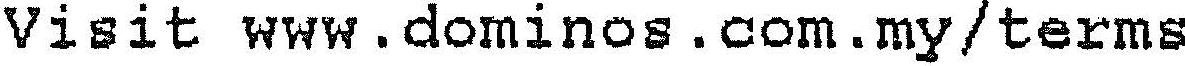
VISIT WWW.DOMINOS.COM.MY/TERMS